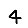
Digit: 4